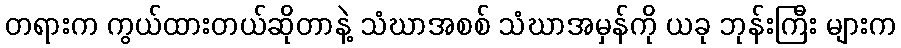
တရားက ကွယ်ထားတယ်ဆိုတာနဲ့ သံဃာအစစ် သံဃာအမှန်ကို ယခု ဘုန်းကြီး များက